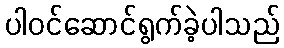
ပါဝင်ဆောင်ရွက်ခဲ့ပါသည်